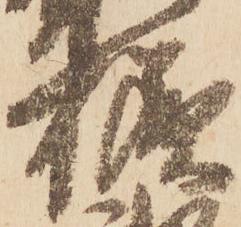
様